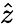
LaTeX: \widehat{z}